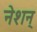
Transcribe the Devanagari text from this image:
नेशन्